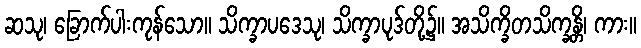
ဆသု၊ ခြောက်ပါးကုန်သော။ သိက္ခာပဒေသု၊ သိက္ခာပုဒ်တို့၌။ အသိက္ခိတသိက္ခန္တိ၊ ကား။